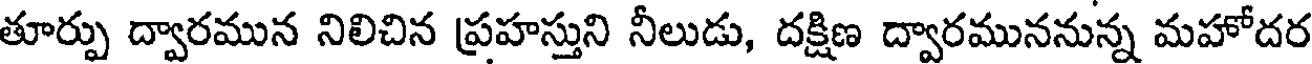
తూర్పు ద్వారమున నిలిచిన ప్రహస్తుని నీలుడు, దక్షిణ ద్వారముననున్న మహోదర